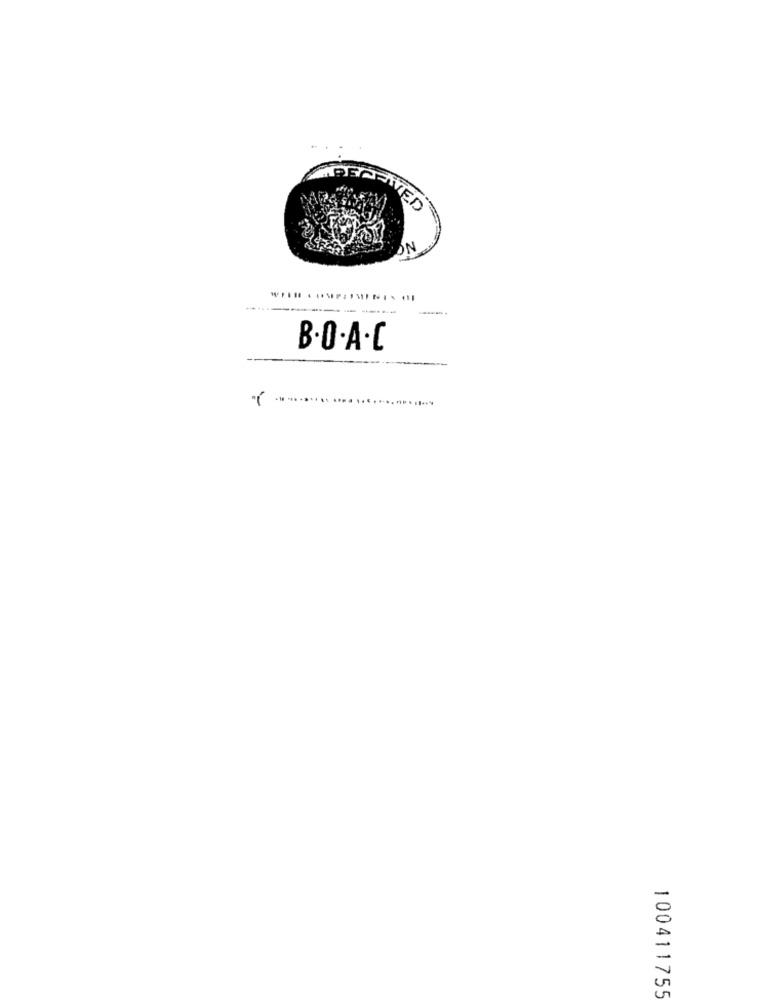
PERDIVED
ON
B.O.A .C
-
U
100411755